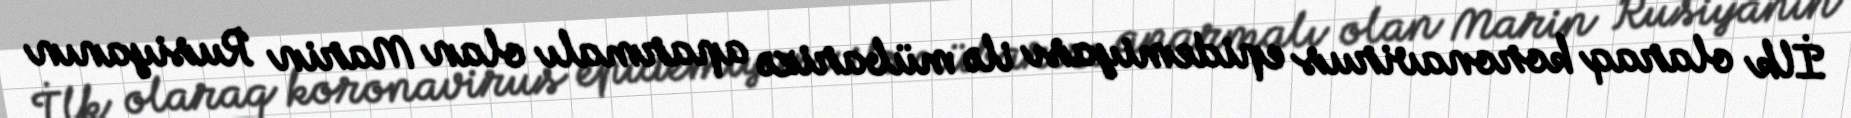
İlk olaraq koronavirus epidemiyası ilə mübarizə aparmalı olan Marin Rusiyanın